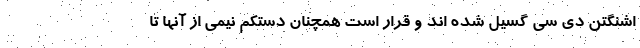
اشنگتن دی سی گسیل شده اند و قرار است همچنان دستکم نیمی از آنها تا